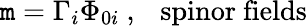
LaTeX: \mathtt{m}=\Gamma_{i}\Phi_{0i}\ ,\ \ \ \mathrm{{spinor\ fields}}